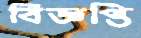
বিজ্ঞপ্তি